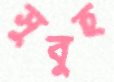
সুবুহ